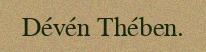
Dévén Thében.